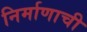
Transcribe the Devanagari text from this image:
निर्माणाची